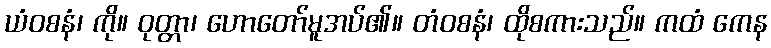
ယံဝစနံ၊ ကို။ ဝုတ္တာ၊ ဟောတော်မူအပ်၏။ တံဝစနံ၊ ထိုစကားသည်။ ကထံ ကေန